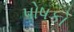
પોષકો